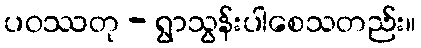
ပဝဿတု - ရွာသွန်းပါစေသတည်း။